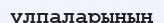
үлпаларының